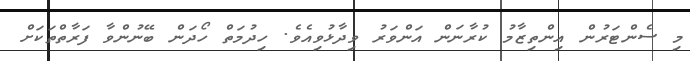
މި ސެންޓަރުން އިންތިޒާމު ކުރާނަން އަންވަރު ވިދާޅުވިއެވެ. ހިދުމަތް ހޯދަން ބޭނުންވާ ފަރާތްތަކަށް